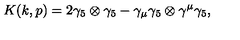
K ( k , p ) = 2 \gamma _ { 5 } \otimes \gamma _ { 5 } - \gamma _ { \mu } \gamma _ { 5 } \otimes \gamma ^ { \mu } \gamma _ { 5 } ,